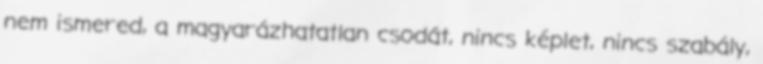
nem ismered, a magyarázhatatlan csodát, nincs képlet, nincs szabály,